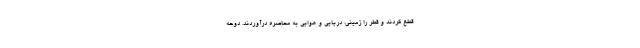
قطع کردند و قطر را زمینی، دریایی و هوایی به محاصره درآوردند. دوحه